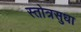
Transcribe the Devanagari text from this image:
स्तोत्रसुधा